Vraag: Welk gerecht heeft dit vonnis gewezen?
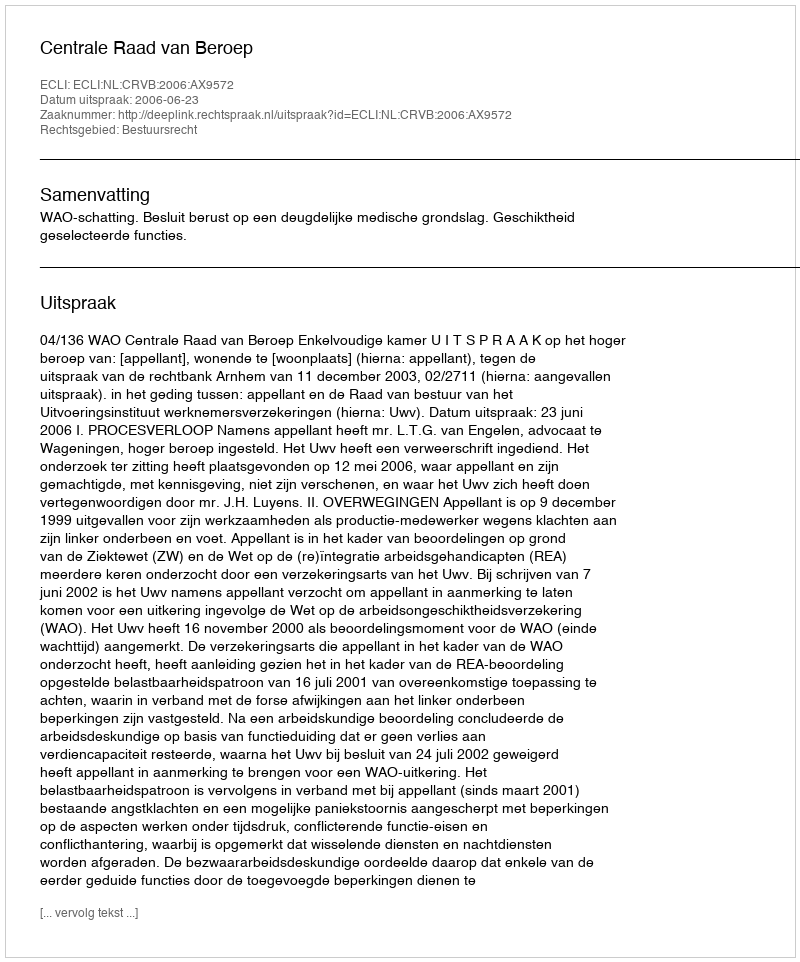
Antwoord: Centrale Raad van Beroep